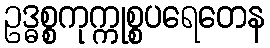
ဥဒ္ဓစ္စကုက္ကုစ္စပရေတေန